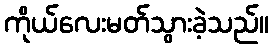
ကိုယ်လေးမတ်သွားခဲ့သည်။